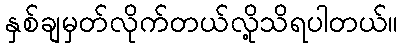
နှစ်ချမှတ်လိုက်တယ်လို့သိရပါတယ်။